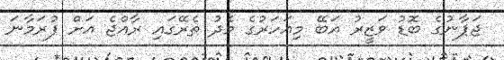
ޖަޕާނުގެ ބޮޑު ވަޒީރު އަބޭ މިއަހަރުގެ މެދު ތެރޭގައި ރާއްޖެ އަށް ފުރަމާނަ